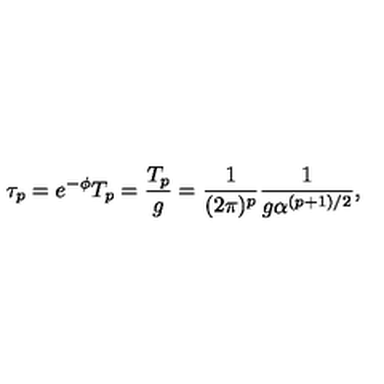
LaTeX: \tau _ { p } = e ^ { - \phi } T _ { p } = \frac { T _ { p } } { g } = \frac { 1 } { ( 2 \pi ) ^ { p } } \frac { 1 } { g \alpha ^ { ( p + 1 ) / 2 } } ,